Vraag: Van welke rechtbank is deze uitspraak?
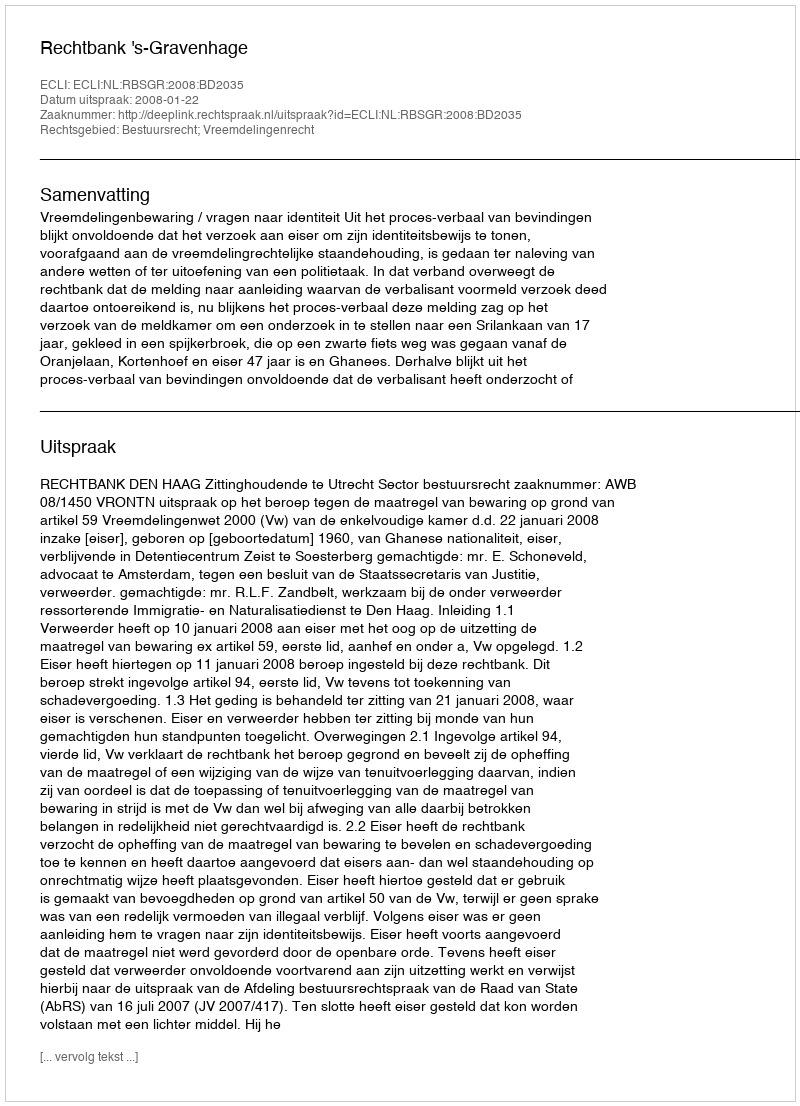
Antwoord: Rechtbank 's-Gravenhage